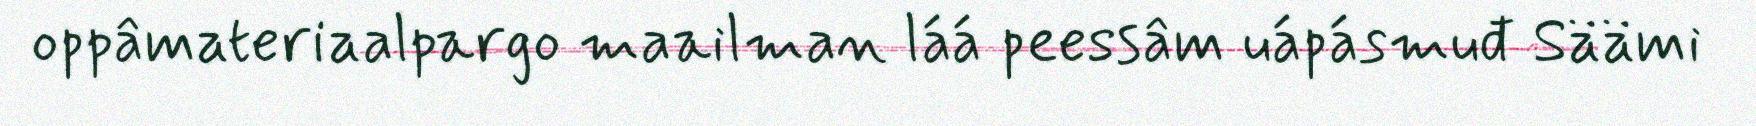
oppâmateriaalpargo maailman láá peessâm uápásmuđ Säämi